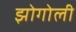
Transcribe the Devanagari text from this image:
झोगोली